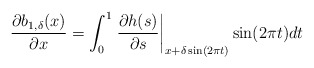
\begin{align*}\dfrac{\partial b_{1,\delta}(x)}{\partial x} = \int_{0}^{1} \left.\dfrac{\partial h(s)}{\partial s}\right|_{x+\delta\sin(2\pi t)}\sin(2\pi t) dt\end{align*}